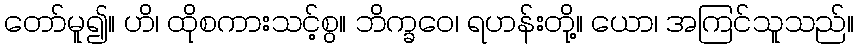
တော်မူ၍။ ဟိ၊ ထိုစကားသင့်စွ။ ဘိက္ခဝေ၊ ရဟန်းတို့။ ယော၊ အကြင်သူသည်။